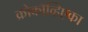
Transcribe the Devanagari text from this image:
क्रोकॉव्हिएका